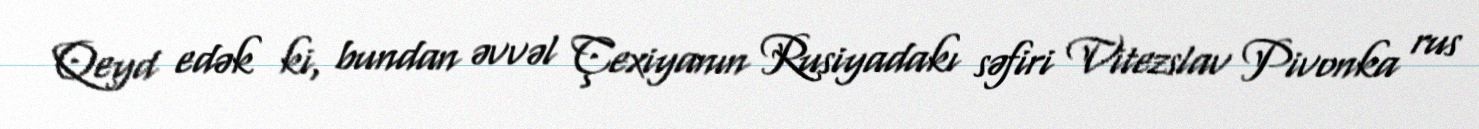
Qeyd edək ki, bundan əvvəl Çexiyanın Rusiyadakı səfiri Vitezslav Pivonka rus